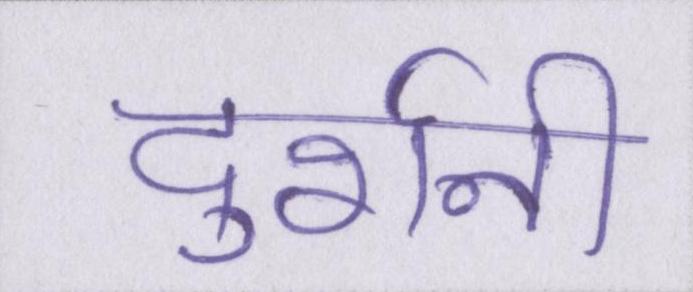
दुर्रानी